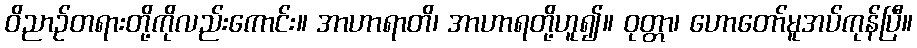
ဝိညာဉ်တရားတို့ကိုလည်းကောင်း။ အာဟာရာတိ၊ အာဟာရတို့ဟူ၍။ ဝုတ္တာ၊ ဟောတော်မူအပ်ကုန်ပြီ။